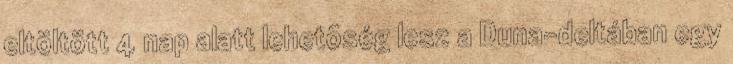
eltöltött 4 nap alatt lehetõség lesz a Duna-deltában egy